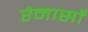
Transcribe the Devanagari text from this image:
रेनासाँ